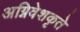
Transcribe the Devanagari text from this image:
अग्निवेशकृते